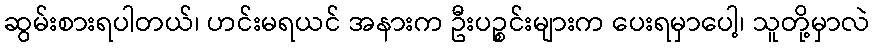
ဆွမ်းစားရပါတယ်၊ ဟင်းမရယင် အနားက ဦးပဉ္စင်းများက ပေးရမှာပေါ့၊ သူတို့မှာလဲ